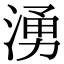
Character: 湧